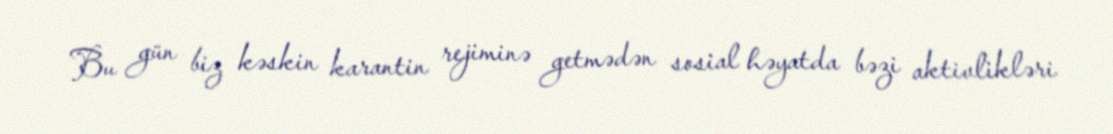
Bu gün biz kəskin karantin rejiminə getmədən sosial həyatda bəzi aktivlikləri